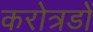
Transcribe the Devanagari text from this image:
करोत्रडों